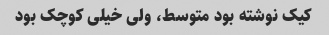
کیک نوشته بود متوسط، ولی خیلی کوچک بود